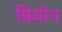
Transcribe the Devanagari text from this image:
प्रियॉन